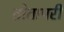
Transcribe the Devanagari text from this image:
तोतापरी